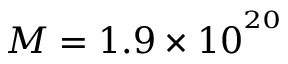
M = 1 . 9 \times 1 0 ^ { ^ { 2 0 } }